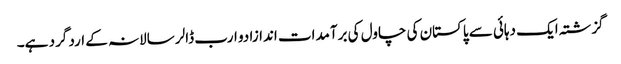
گزشتہ ایک دہائی سے پاکستان کی چاول کی برآمدات اندازا دو ارب ڈالر سالانہ کے ارد گرد ہے۔